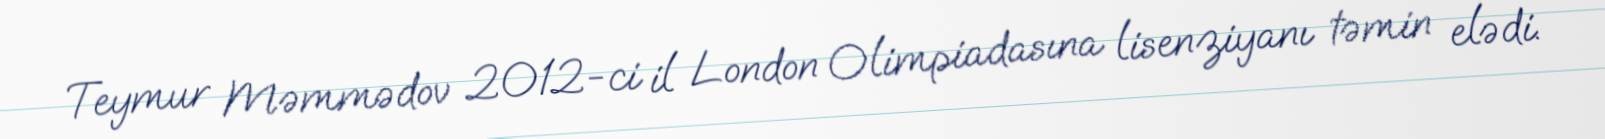
Teymur Məmmədov 2012-ci il London Olimpiadasına lisenziyanı təmin elədi.